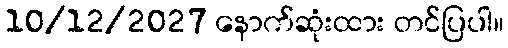
10/12/2027 နောက်ဆုံးထား တင်ပြပါ။